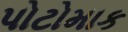
પોટોમાક